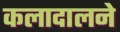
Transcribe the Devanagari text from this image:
कलादालने